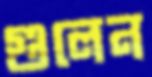
গুলেন